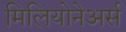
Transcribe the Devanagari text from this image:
मिलियोनेअर्स